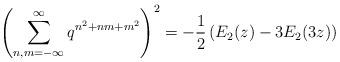
LaTeX: \begin{align*}\left(\sum^{\infty}_{n,m=-\infty}q^{n^2+nm+m^2}\right)^2=-\frac{1}{2}\left(E_2(z)-3E_2(3z)\right)\end{align*}